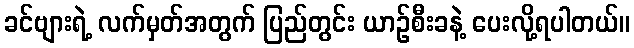
ခင်ဗျားရဲ့ လက်မှတ်အတွက် ပြည်တွင်း ယာဉ်စီးခနဲ့ ပေးလို့ရပါတယ်။